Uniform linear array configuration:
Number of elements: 32
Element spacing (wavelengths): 1
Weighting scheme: cosine
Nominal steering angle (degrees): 30
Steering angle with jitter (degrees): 30.691
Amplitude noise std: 0.05
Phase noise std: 0.05

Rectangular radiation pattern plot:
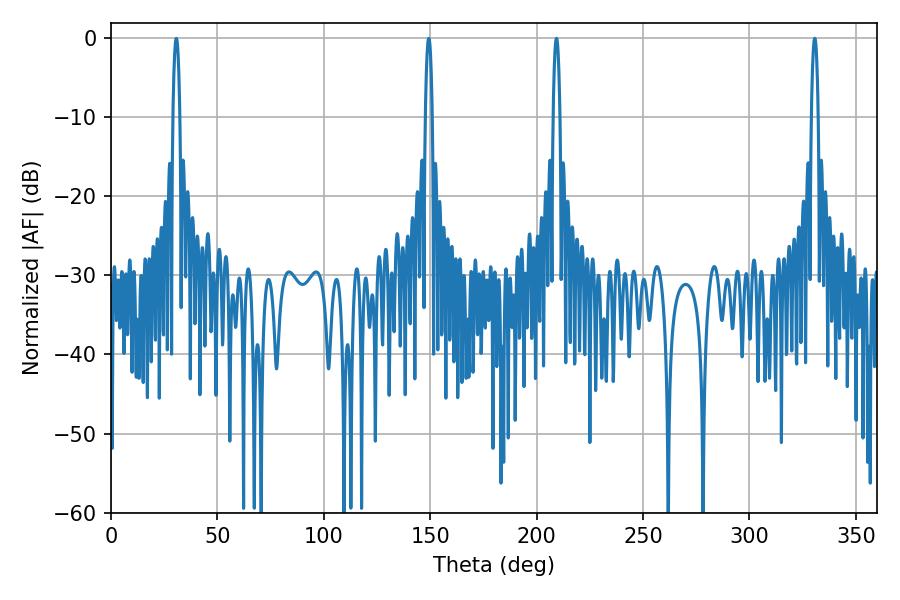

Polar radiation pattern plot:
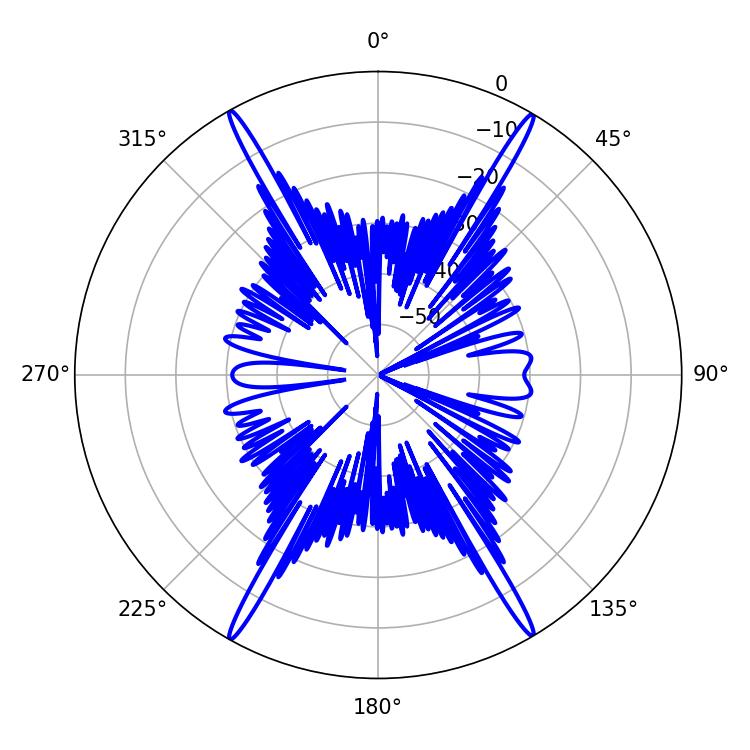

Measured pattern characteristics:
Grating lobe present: TRUE
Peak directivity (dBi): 29.746
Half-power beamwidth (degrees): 1.8
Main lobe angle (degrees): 330.66